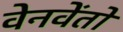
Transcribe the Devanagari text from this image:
वेनवेंतो